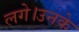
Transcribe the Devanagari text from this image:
लगे।उनके